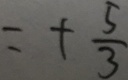
= + \frac { 5 } { 3 }